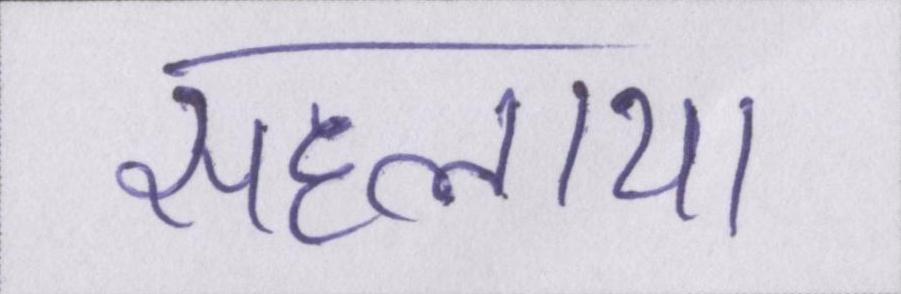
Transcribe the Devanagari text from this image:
सहलाया